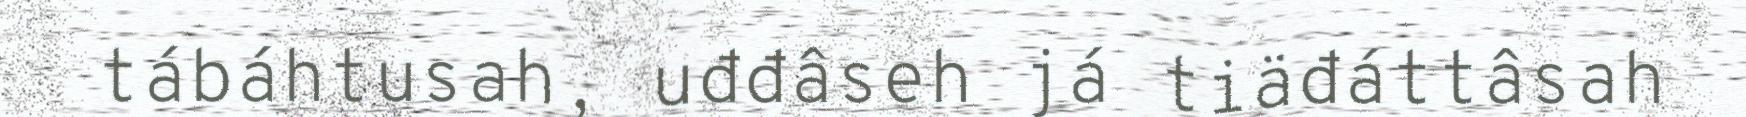
tábáhtusah, uđđâseh já tiäđáttâsah